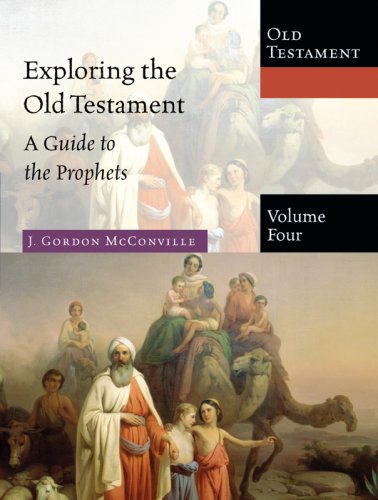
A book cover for Exploring the Old Testament, Volume 4: A Guide to the Prophets; J. Gordon McConville; Christian Books & Bibles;